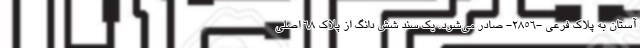
آستان به پلاک فرعی -۲۸۵۶- صادر می‌شود. یک سند شش دانگ از پلاک ۶۸ اصلی